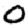
Digit: 0